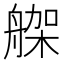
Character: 𦩪